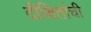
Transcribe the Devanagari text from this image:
दीक्षितांची